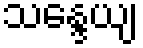
သန္ဒေယျ